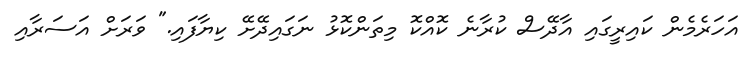
އަހަރެމެން ކައިރީގައި އާދޭސް ކުރާނެ ކޮއްކޮ މިތަންކޮޅު ނަގައިދޭށޭ ކިޔާފައި." ވަރަށް އަސަރާއި